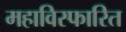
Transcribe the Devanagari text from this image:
महाविस्फारित